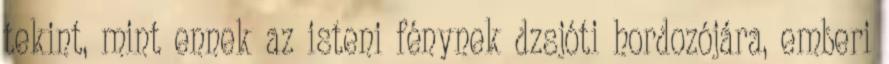
tekint, mint ennek az isteni fénynek dzsjóti hordozójára, emberi